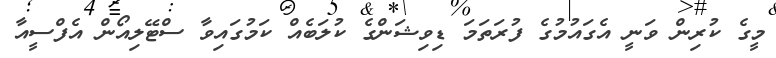
މީގެ ކުރިން ވަނީ އެގައުމުގެ ފުރަތަމަ ޑިވިޝަންގެ ކުލަބެއް ކަމުގައިވާ ސްޓޭލިއޯން އެފްސީއާ